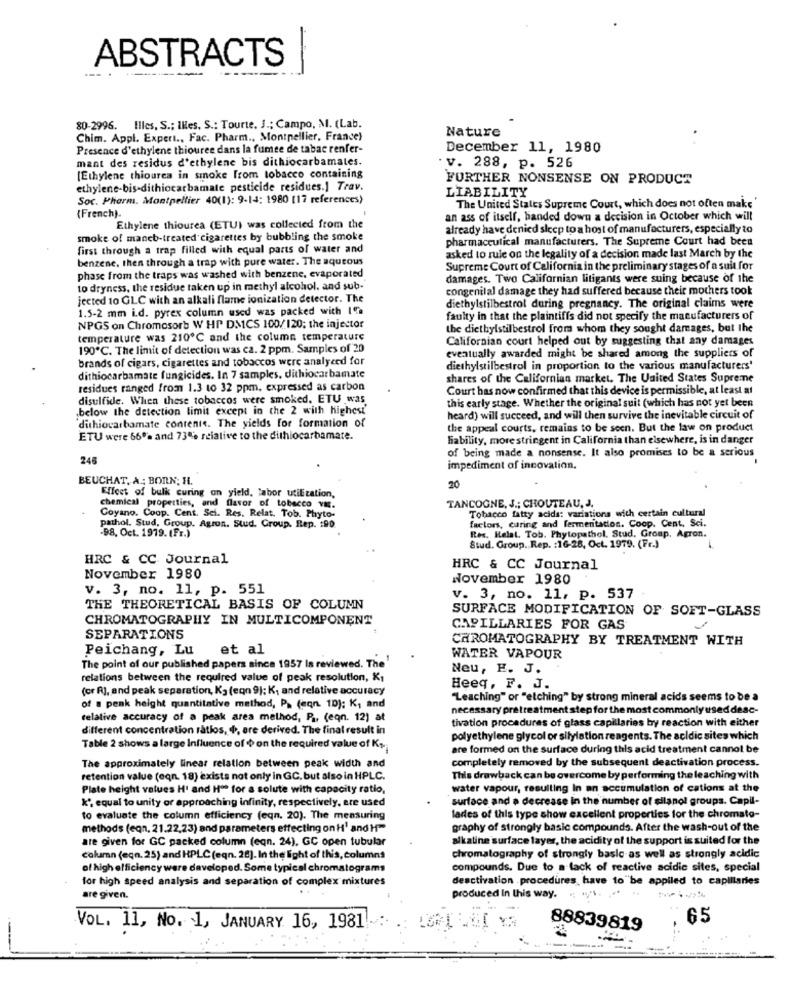
-
ABSTRACTS
-------
---
80-2996. Illes, S .; Illes, S .: Tourte. J .; Campo, M. (Lab.
Nature
Chim. Appl. Expert ., Fac. Pharm ., Montpellier, France)
Presence d'ethylene thiouree dans la fumee de tabac renfer-
December 11, 1980
mant des residus d'ethylene bis dithiocarbamates.
. v. 288, p. 526
[Ethylene thiourea in smoke from tobacco containing
FURTHER NONSENSE ON PRODUCT
ethylene-bis-dithiocarbamate pesticide residues.] Trav.
LIABILITY
Soc. Pharm. Montpellier 40(1): 9-14: 1980 (17 references)
{French).
The United States Supreme Court, which does not often make
an ass of itself, handed down a decision in October which will
Ethylene thiourea (ETUI was collected from the
already have denied sleep to a host of manufacturers, especially to
smoke of maneb-treated cigarettes by bubbling the smoke
pharmaceutical manufacturers. The Supreme Court had been
first through a trap filled with equal parts of water and
benzene, then through a trap with pure water. The aqueous
asked to rule on the legality of a decision made last March by the
Supreme Court of California in the preliminary stages of a suit for
phase from the traps was washed with benzene, evaporated
damages. Two Californian litigants were suing because of the
to dryness, the residue taken up in methyl alcohol, and sub-
congenital damage they had suffered because their mothers took
jected to GLC with an alkali flame ionization detector. The
1.5-2 mm i.d. pyrex column used was packed with 19
diethylstilbestrol during pregnancy. The original claims were
faulty in that the plaintiffs did not specify the manufacturers of
NPGS on Chromosorb W HP DMCS 100/ 120; the injector
the diethylstilbestrol from whom they sought damages, but the
temperature was 210℃ and the column temperature
Californian court helped out by suggesting that any damages
190℃. The limit of detection was ca. 2 ppm. Samples of 20
brands of cigars, cigarettes and tobaccos were analyeed for
eventually awarded might be shared among the suppliers of
diethylstilbestrol in proportion to the various manufacturers'
dithiocarbamate fungicides. In 7 samples, dithiocarbamate
shares of the Californian market. The United States Supreme
residues ranged from 1.3 to 32 ppm, expressed as carbon
Court has now confirmed that this device is permissible, at least at
disulfide. When these tobaccos were smoked. ETU was
below the detection limit except in the 2 with highest
this early stage. Whether the original suit (which has not yet been
heard) will succeed, and will then survive the inevitable circuit of
dithiocarbamate contente. The yields for formation of
the appeal courts, remains to be seen. But the law on product
ETU were 66% and 73% relative to the dithlocarbamate.
liability, more stringent in California than elsewhere, is in danger
of being made a nonsense. It also promises to be a serious
245
impediment of incovation.
BEUCHAT, A .; BORN; H.
20
Effect of bulk curing on yield. labor utilization,
chemical properties, and flavor of tobacco va.
TANCOGNE, J .: CHOUTEAU, J,
Tobacco fatty acids: variations with certain cultural
Coyano. Coop. Cent. Sci. Res. Relat. Tob. Phyto-
factors, caring and fermentados. Coop. Cent. Sci.
pathol. Stud. Group. Agros. Stud. Group. Rep. 190.
-98, Oct. 1979. (Fr.)
Res. Helst. Tob. Phytopathol. Stud, Group, Agron.
Stud. Group. Rep. : 16-28, Oct. 1979. (Fr.)
HRC & CC. Journal
HRC & CC Journal
November 1980
November 1980
v. 3, no. 11, p. 551
v. 3, no. 11, p. 537
THE THEORETICAL BASIS OF COLUMN
CHROMATOGRAPHY IN MULTICOMPONENT
SURFACE MODIFICATION OF SOFT-GLASS
CAPILLARIES FOR GAS
SEPARATIONS
CHROMATOGRAPHY BY TREATMENT WITH
Peichang, Lu
et al
WATER VAPOUR
The point of our published papers since 1957 Is reviewed. The'
Neu, E. J.
relations between the required value of peak resolution, K1
(or R], and peak separation, K3 (eqn 9); K, and relative accuracy
Heeq, F. J.
"Leaching" or "etching" by strong mineral acids seems to be a
of a penk height quantitative method, P> (aqn. 10): K, and
necessary pretreatment step for the most commonly used desc-
relative accuracy of a peak area method, P ., (eqn. 12) at
tivation procedures of glass capillaries by reaction with either
different concentration ratios, +, are derived. The final result in
polyethylene glycol or silylation reagents. The acidic sites which
Table 2 shows a large Influence of $ on the required value of K+
are formed on the surface during this acid treatment cannot be
completely removed by the subsequent deactivation process.
The approximately linear relation between peak width and
retention value (eqn. 18) exists not only in GC, but also in HPLC.
This drawback can be overcome by performing the leaching with
Plate height values H' and H" for a solute with capacity ratio,
water vapour, resulting In an accumulation of cations at the
k", equal to unity or approaching infinity, respectively, are used
surface and a decrease in the number of silanol groups. Capil-
to evaluate the column efficiency (eqn, 20). The measuring
ladies of this type show excellent properties for the chromato-
methods (eqn, 21.22,23) and parameters effecting on H' and Hf"
graphy of strongly basic compounds. After the wash-out of the
are given for GC packed column (eqn. 24), GC open tubular
alkaline surface layer, the acidity of the support is suited for the
column (eqn. 25) and HPLC (eqn. 28). In the light of this, columns
chromatography of strongly basic-as well as strongly acidic
of high efficiency were developed. Some typical chromatograms
compounds. Due to a lack of reactive acidic sites, special
for high speed analysis and separation of complex mixtures
deactivation . procedures have to"be appiled to capillaries
are given.
produced In this way.
65
VOL. 11, No. 1, JANUARY 16, 1981
88839819
-